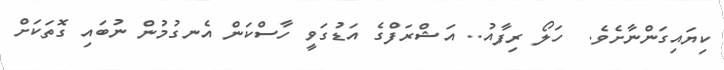
ކިޔައިގަންނާށެވެ.  ހަލޯ ރިފާއު.. އަޝްރަފްގެ އަޑުގަވީ ހާސްކަން އެނގުމުން ނުބައި ގޮތަކަށް